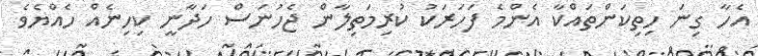
އެހާ ގިނަ ހިތިކަންތައްކާ އެންމެ ފަހަރަކު ކުރިމަތިލާން ޖެހުނަސް ހަދާނީ ކިހިނެއް ހެއްޔެވެ